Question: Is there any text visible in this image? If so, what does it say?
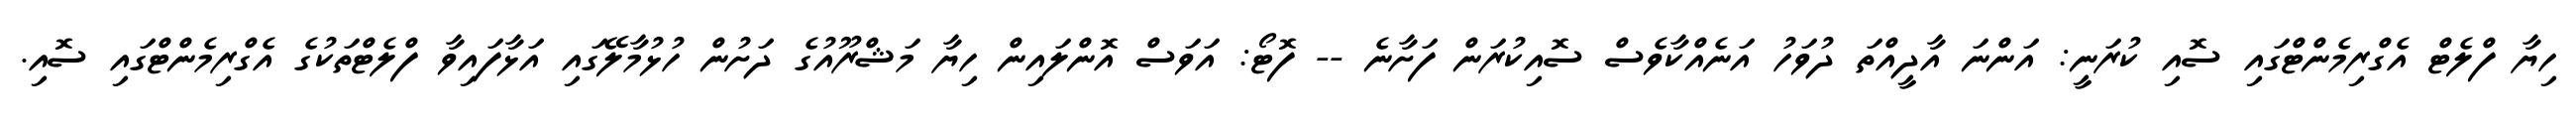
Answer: ހިޔާ ފްލެޓް އެގްރިމެންޓްގައި ސޮއި ކުރަނީ: އަންނަ އާދީއްތަ ދުވަހު އަނެއްކާވެސް ސޮއިކުރަން ފަށާނެ -- ފޮޓޯ: އަވަސް އޮންލައިން ހިޔާ މަޝްރޫއުގެ ދަށުން ހުޅުމާލޭގައި އަޅާފައިވާ ފްލެޓްތަކުގެ އެގްރިމެންޓްގައި ސޮއި.